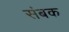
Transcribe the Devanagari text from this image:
संबक